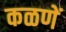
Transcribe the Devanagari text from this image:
कळणें